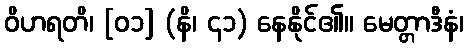
ဝိဟရတိ၊ [၀၁] (နိ၊ ၄၁) နေနိုင်၏။ မေတ္တာဒီနံ၊